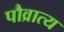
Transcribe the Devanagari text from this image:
पौव्रात्य